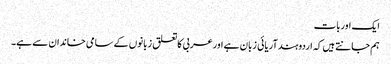
ایک اوربات
ہم جانتے ہیں کہ اردوہندآریائی زبان ہے اورعربی کاتعلق زبانوں کے سامی خاندان سے ہے۔